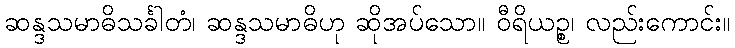
ဆန္ဒသမာဓိသင်္ခါတံ၊ ဆန္ဒသမာဓိဟု ဆိုအပ်သော။ ဝီရိယဉ္စ၊ လည်းကောင်း။